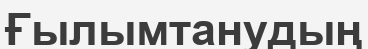
Ғылымтанудың